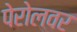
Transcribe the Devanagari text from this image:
पेरोलवर